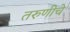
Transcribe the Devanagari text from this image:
तरुणीचे